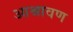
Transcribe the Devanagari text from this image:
आश्रावण